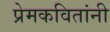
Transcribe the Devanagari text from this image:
प्रेमकवितांनी